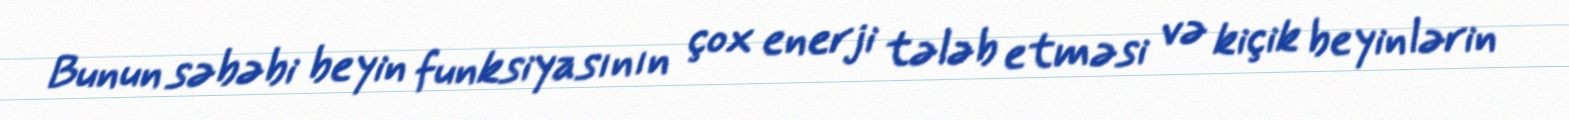
Bunun səbəbi beyin funksiyasının çox enerji tələb etməsi və kiçik beyinlərin